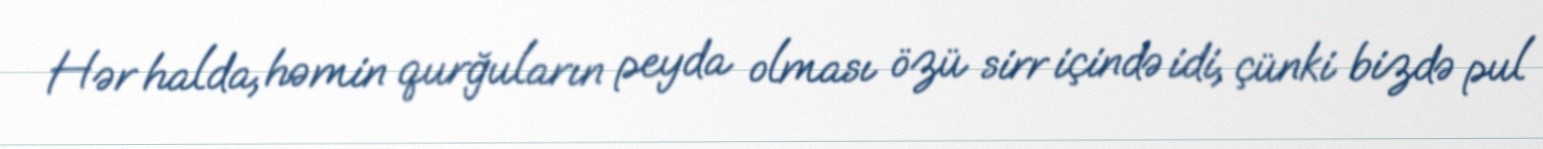
Hər halda, həmin qurğuların peyda olması özü sirr içində idi, çünki bizdə pul